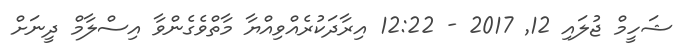
ޝަހީމް ޖުލައި 12